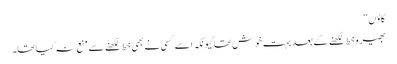
گاؤں‘‘
بھیرو خط لکھنے کے بعد بہت خوش تھا کیونکہ اسے کسی نے بھی خط لکھنے سے منع نہ کیا تھا۔